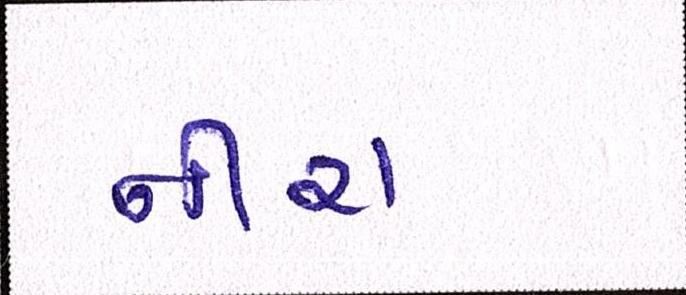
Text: નીરા